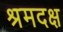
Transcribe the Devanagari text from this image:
श्रमदक्ष